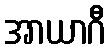
အာယာဂီ